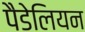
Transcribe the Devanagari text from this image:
पैडेलियन